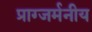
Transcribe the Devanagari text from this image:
प्राग्जर्मनीय